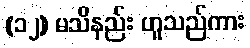
(၁၂) မသိနည်း ဟူသည်ကား